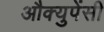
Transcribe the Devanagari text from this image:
औक्युपेंसी